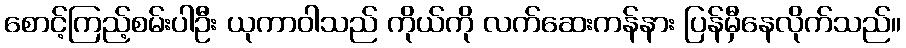
စောင့်ကြည့်စမ်းပါဦး ယုကာဝါသည် ကိုယ်ကို လက်ဆေးကန်နား ပြန်မှီနေလိုက်သည်။